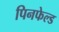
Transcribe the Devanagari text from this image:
पिनफेल्ड